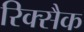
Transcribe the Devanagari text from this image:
रिक्सैक